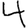
Digit: 4